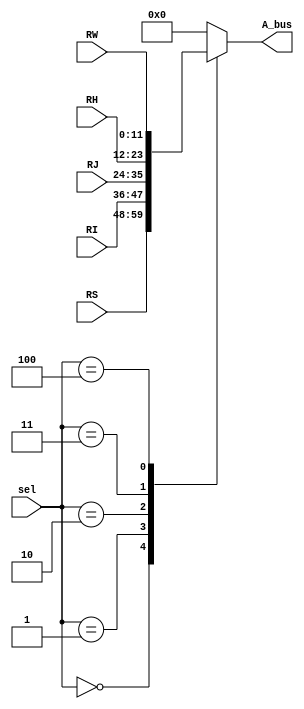
module Amux(RS, RI, RJ, RH, RW, A_bus, sel);
	input [11:0] RS, RI, RJ, RH, RW;
	input [2:0] sel;
	output reg [11:0] A_bus = 0;
	
	always @(*)
	begin
		case(sel)
			3'b000: A_bus = RS;
			3'b001: A_bus = RI;
			3'b010: A_bus = RJ;
			3'b011: A_bus = RH;
			3'b100: A_bus = RW;
			default: A_bus = 0;
		endcase
	end
endmodule